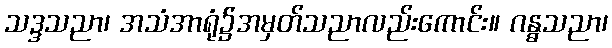
သဒ္ဒသညာ၊ အသံအာရုံ၌အမှတ်သညာလည်းကောင်း။ ဂန္ဓသညာ၊